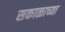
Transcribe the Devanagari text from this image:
सकाळाच्या